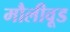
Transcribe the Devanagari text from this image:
मौलीवूड